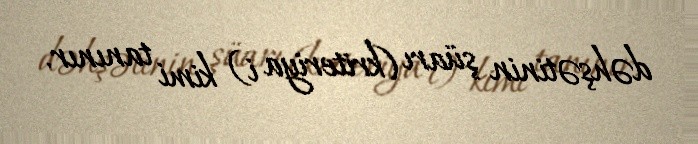
dəhşətinin şüarı (kriteriya i) kimi tanınır.